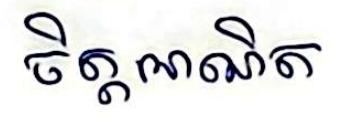
ចិត្តអាណិត